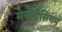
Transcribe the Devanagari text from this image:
मेगनीसियम